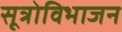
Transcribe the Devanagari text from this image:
सूत्रोविभाजन